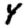
Digit: 4